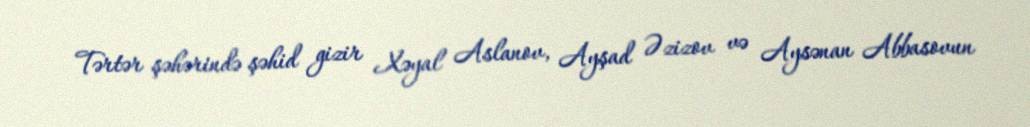
Tərtər şəhərində şəhid gizir Xəyal Aslanov, Ayşad Əzizov və Aysənan Abbasovun